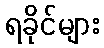
ရခိုင်များ